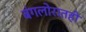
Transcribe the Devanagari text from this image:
बंगलोरातही